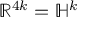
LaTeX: \mathbb { R } ^ { 4 k } = \mathbb { H } ^ { k }